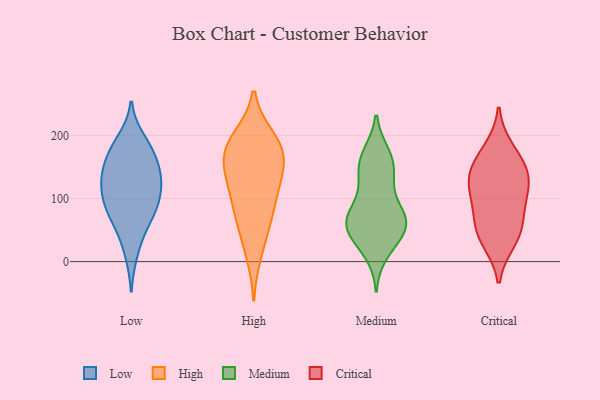
{"axis": {"x": "Bounce Rate (%)", "y": "Value"}, "legend": ["Critical", "High", "Low", "Medium"], "data": [{"x": "", "y": 88, "type": "Low"}, {"x": "", "y": 173, "type": "Low"}, {"x": "", "y": 107, "type": "Low"}, {"x": "", "y": 172, "type": "Low"}, {"x": "", "y": 131, "type": "Low"}, {"x": "", "y": 107, "type": "Low"}, {"x": "", "y": 183, "type": "Low"}, {"x": "", "y": 193, "type": "Low"}, {"x": "", "y": 81, "type": "Low"}, {"x": "", "y": 80, "type": "Low"}, {"x": "", "y": 70, "type": "Low"}, {"x": "", "y": 45, "type": "Low"}, {"x": "", "y": 13, "type": "Low"}, {"x": "", "y": 143, "type": "Low"}, {"x": "", "y": 146, "type": "Low"}, {"x": "", "y": 125, "type": "Low"}, {"x": "", "y": 134, "type": "Low"}, {"x": "", "y": 79, "type": "High"}, {"x": "", "y": 107, "type": "High"}, {"x": "", "y": 173, "type": "High"}, {"x": "", "y": 163, "type": "High"}, {"x": "", "y": 98, "type": "High"}, {"x": "", "y": 67, "type": "High"}, {"x": "", "y": 168, "type": "High"}, {"x": "", "y": 10, "type": "High"}, {"x": "", "y": 133, "type": "High"}, {"x": "", "y": 195, "type": "High"}, {"x": "", "y": 191, "type": "High"}, {"x": "", "y": 148, "type": "High"}, {"x": "", "y": 198, "type": "High"}, {"x": "", "y": 137, "type": "High"}, {"x": "", "y": 44, "type": "High"}, {"x": "", "y": 116, "type": "Medium"}, {"x": "", "y": 73, "type": "Medium"}, {"x": "", "y": 152, "type": "Medium"}, {"x": "", "y": 152, "type": "Medium"}, {"x": "", "y": 36, "type": "Medium"}, {"x": "", "y": 65, "type": "Medium"}, {"x": "", "y": 14, "type": "Medium"}, {"x": "", "y": 65, "type": "Medium"}, {"x": "", "y": 166, "type": "Medium"}, {"x": "", "y": 37, "type": "Medium"}, {"x": "", "y": 49, "type": "Medium"}, {"x": "", "y": 127, "type": "Medium"}, {"x": "", "y": 170, "type": "Medium"}, {"x": "", "y": 72, "type": "Medium"}, {"x": "", "y": 67, "type": "Medium"}, {"x": "", "y": 66, "type": "Medium"}, {"x": "", "y": 103, "type": "Critical"}, {"x": "", "y": 126, "type": "Critical"}, {"x": "", "y": 33, "type": "Critical"}, {"x": "", "y": 145, "type": "Critical"}, {"x": "", "y": 154, "type": "Critical"}, {"x": "", "y": 54, "type": "Critical"}, {"x": "", "y": 178, "type": "Critical"}, {"x": "", "y": 124, "type": "Critical"}, {"x": "", "y": 83, "type": "Critical"}, {"x": "", "y": 45, "type": "Critical"}]}